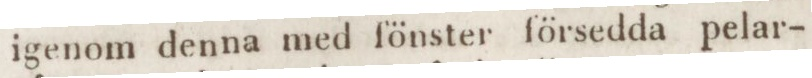
igenom denna med fönster försedda pelar-